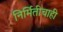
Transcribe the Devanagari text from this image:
निर्मितीचाही